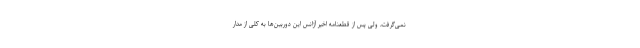
نمی‌گرفت، ولی پس از قطعنامه اخیر آژانس این دوربین‌ها به کلی از مدار